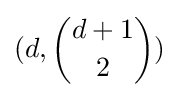
(d,{\binom {d+1}{2}})